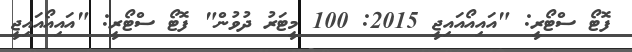
ފޮޓޯ ސްޓޯރީ: "އައިއޯއައިޖީ 2015: 100 މީޓަރު ދުވުން" ފޮޓޯ ސްޓޯރީ: "އައިއޯއައިޖީ